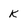
Character: k